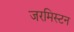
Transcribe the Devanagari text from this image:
जरमिस्टन